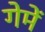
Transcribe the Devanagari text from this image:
गेमें